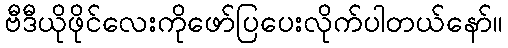
ဗီဒီယိုဖိုင်လေးကိုဖော်ပြပေးလိုက်ပါတယ်နော်။